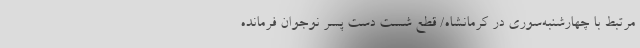
مرتبط با چهارشنبه‌سوری در کرمانشاه/ قطع شست دست پسر نوجوان فرمانده